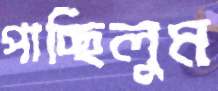
পাচ্ছিলুম